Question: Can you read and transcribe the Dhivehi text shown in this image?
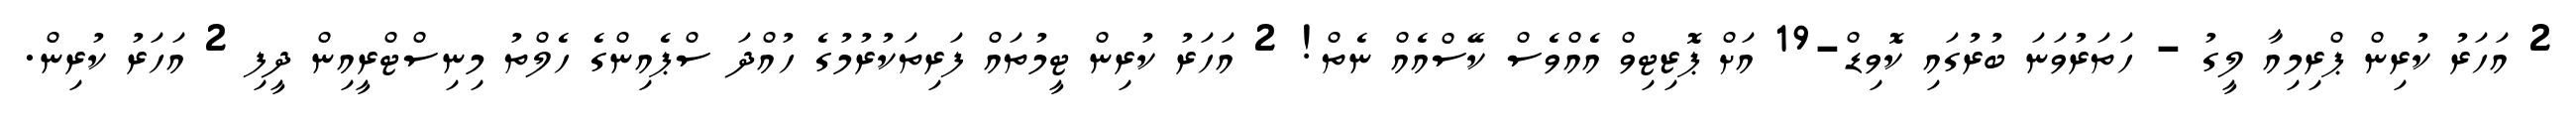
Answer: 2 އަހަރު ކުރިން ޕްރިމިއާ ލީގު - ހަތަރުވަނަ ބުރުގައި ކޮވިޑް-19 އަށް ޕޮޒިޓިވް އެއްވެސް ކޭސްއެއް ނެތް! 2 އަހަރު ކުރިން ޓީމުތައް ފަރިތަކުރުމުގެ ހުއްދަ ސްޕެއިންގެ ހެލްތު މިނިސްޓްރީއިން ދީފި 2 އަހަރު ކުރިން.